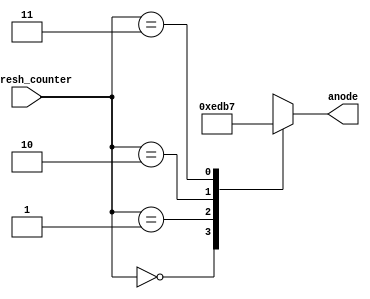
module anode_control (
    input [1:0] refresh_counter,
    output reg [3:0] anode=0
);
    always @(refresh_counter) begin
        case (refresh_counter)
            2'b00: anode=4'b1110;
            2'b01: anode=4'b1101;
            2'b10: anode=4'b1011;
            2'b11: anode=4'b0111;

            default: anode=4'b1111;
        endcase
    end
endmodule